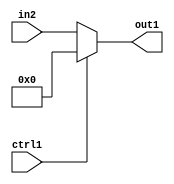
`timescale 1ps / 1ps
/*****************************************************************************
    Verilog RTL Description
    
    
    Created by: Stratus DpOpt 21.05.01 
*******************************************************************************/

module dut_N_Mux_8_2_52_1 (
	in2,
	ctrl1,
	out1
	); /* architecture "behavioural" */ 
input [7:0] in2;
input  ctrl1;
output [7:0] out1;
wire [7:0] asc001;

reg [7:0] asc001_tmp_0;
assign asc001 = asc001_tmp_0;
always @ (ctrl1 or in2) begin
	case (ctrl1)
		1'B1 : asc001_tmp_0 = 8'B00000000 ;
		default : asc001_tmp_0 = in2 ;
	endcase
end

assign out1 = asc001;
endmodule

/* CADENCE  uLT0Tgw= : u9/ySxbfrwZIxEzHVQQV8Q== ** DO NOT EDIT THIS LINE ******/